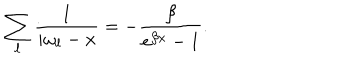
\sum _ { \ell } \frac { 1 } { i \omega _ { \ell } - x } = - \frac { \beta } { e ^ { \beta x } - 1 } .